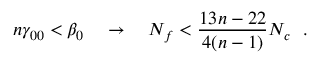
n \gamma _ { 0 0 } < \beta _ { 0 } ~ ~ ~ \to ~ ~ ~ N _ { f } < { \frac { 1 3 n - 2 2 } { 4 ( n - 1 ) } } N _ { c } ~ ~ .